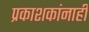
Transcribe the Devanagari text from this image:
प्रकाशकांनाही